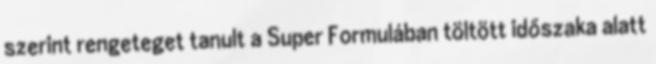
szerint rengeteget tanult a Super Formulában töltött időszaka alatt